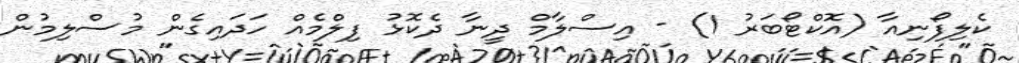
ކެލިފޯނިއާ (އޮކްޓޯބަރު 1) - އިސްލާމް ދީނާ ދެކޮޅު ފިލްމެއް ހަދައިގެން މުސްލިމުން